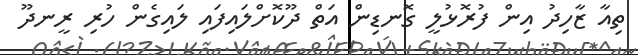
ތިއާ ޒާހިދު އިން ފުރޮޅުލީ ގޮނޑިން އަތް ދޫކޮށްލައިފައި ލައިގެން ހުރި ރީނދޫ